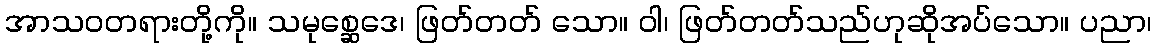
အာသဝတရားတို့ကို။ သမုစ္ဆေဒေ၊ ဖြတ်တတ် သော။ ဝါ၊ ဖြတ်တတ်သည်ဟုဆိုအပ်သော။ ပညာ၊